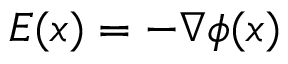
E ( x ) = - \nabla \phi ( x )